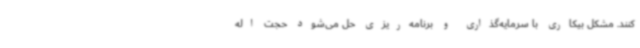
کنند. مشکل بیکاری با سرمایه‌گذاری و برنامه‌ریزی حل می‌شود حجت اله